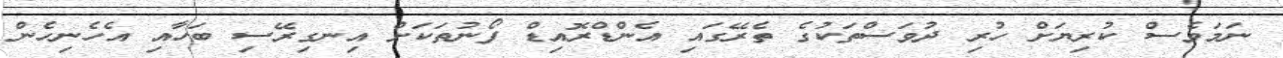
ނަމަވެސް ކުރިޔަށް ހުރި ދުވަސްތަކުގެ ތެރޭގައި އެންޑްރޮއިޑް ފޯނުތަކަށް އިނގިރޭސި ބަހާއި އެހެނިހެން